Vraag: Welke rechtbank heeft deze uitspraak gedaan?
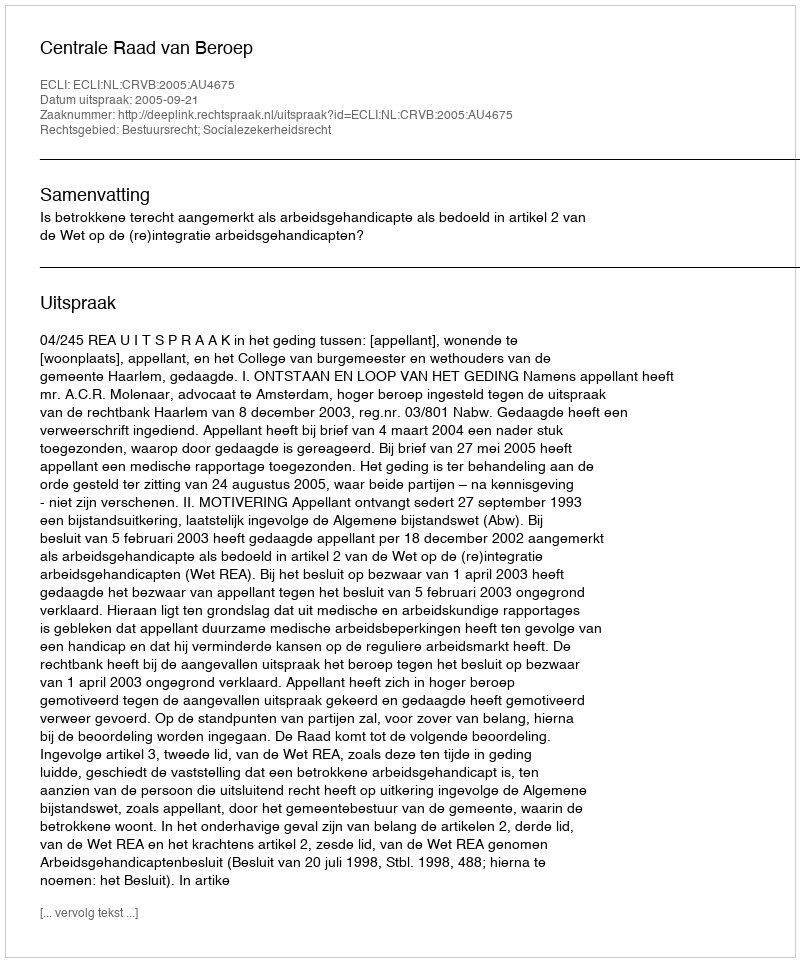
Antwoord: Centrale Raad van Beroep